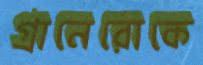
গ্রানেরোকে